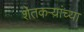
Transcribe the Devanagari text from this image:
शेतकऱ्य़ांच्या